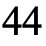
44